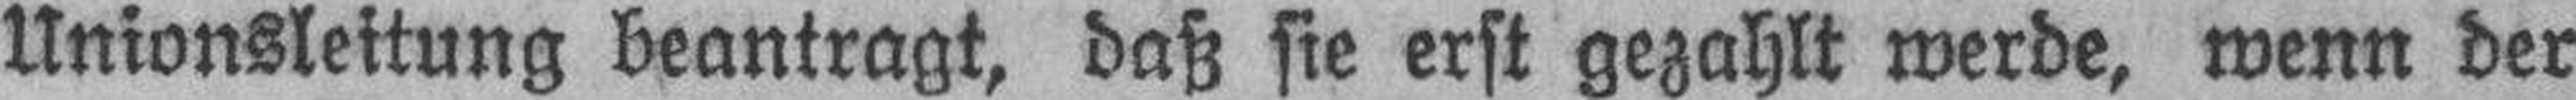
Unionsleitung beantragt, daß sie erst gezahlt werde, wenn der